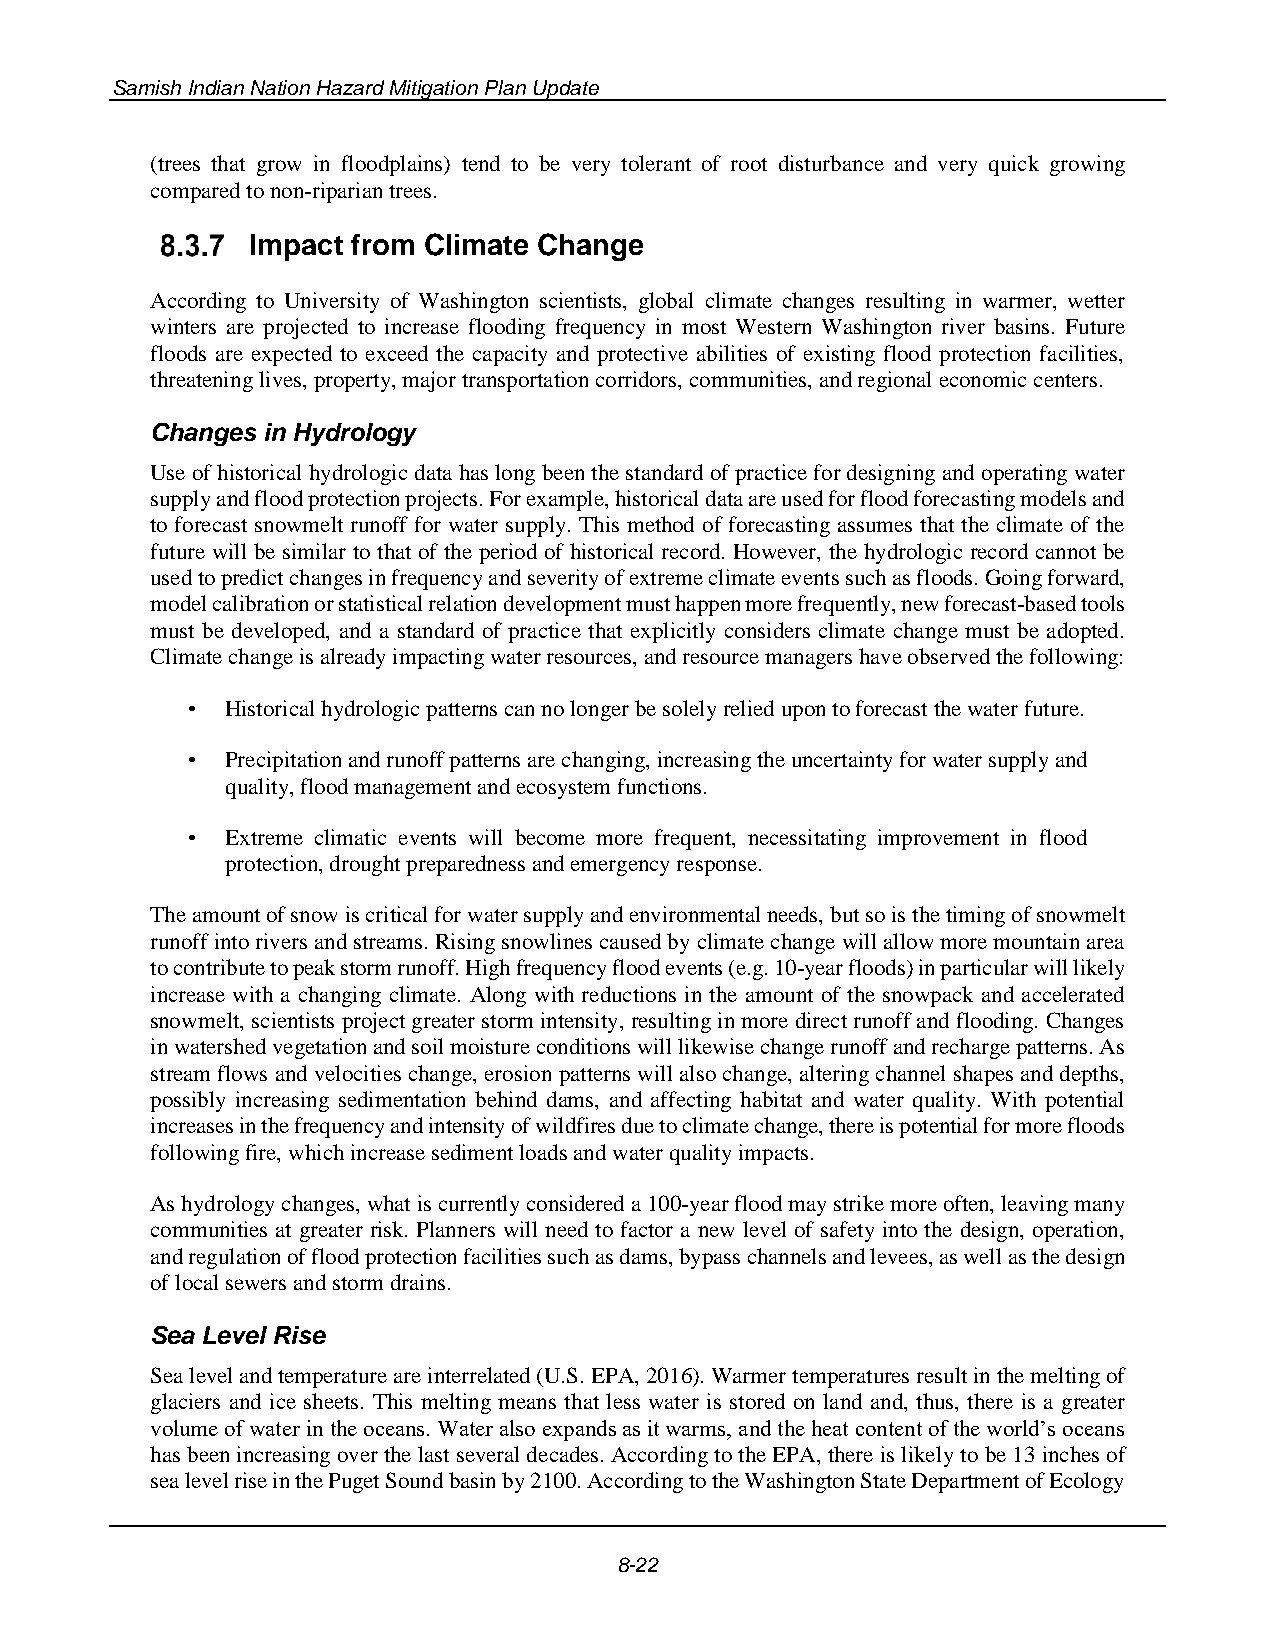
Samish Indian Nation Hazard Mitigation Plan Update
 (trees that grow in floodplains) tend to be very tolerant of root disturbance and very quick growing
 compared to non-riparian trees.
 Impact from Climate Change
 According to University of Washington scientists, global climate changes resulting in warmer, wetter
 winters are projected to increase flooding frequency in most Western Washington river basins. Future
 floods are expected to exceed the capacity and protective abilities of existing flood protection facilities,
 threatening lives, property, major transportation corridors, communities, and regional economic centers.
 Changes in Hydrology
 Use of historical hydrologic data has long been the standard of practice for designing and operating water
 supply and flood protection projects. For example, historical data are used for flood forecasting models and
 to forecast snowmelt runoff for water supply. This method of forecasting assumes that the climate of the
 future will be similar to that of the period of historical record. However, the hydrologic record cannot be
 used to predict changes in frequency and severity of extreme climate events such as floods. Going forward,
 model calibration or statistical relation development must happen more frequently, new forecast-based tools
 must be developed, and a standard of practice that explicitly considers climate change must be adopted.
 Climate change is already impacting water resources, and resource managers have observed the following:
 •  Historical hydrologic patterns can no longer be solely relied upon to forecast the water future.
 •  Precipitation and runoff patterns are changing, increasing the uncertainty for water supply and
 quality, flood management and ecosystem functions.
 •  Extreme climatic events will become more frequent, necessitating improvement in flood
 protection, drought preparedness and emergency response.
 The amount of snow is critical for water supply and environmental needs, but so is the timing of snowmelt
 runoff into rivers and streams. Rising snowlines caused by climate change will allow more mountain area
 to contribute to peak storm runoff. High frequency flood events (e.g. 10-year floods) in particular will likely
 increase with a changing climate. Along with reductions in the amount of the snowpack and accelerated
 snowmelt, scientists project greater storm intensity, resulting in more direct runoff and flooding. Changes
 in watershed vegetation and soil moisture conditions will likewise change runoff and recharge patterns. As
 stream flows and velocities change, erosion patterns will also change, altering channel shapes and depths,
 possibly increasing sedimentation behind dams, and affecting habitat and water quality. With potential
 increases in the frequency and intensity of wildfires due to climate change, there is potential for more floods
 following fire, which increase sediment loads and water quality impacts.
 As hydrology changes, what is currently considered a 100-year flood may strike more often, leaving many
 communities at greater risk. Planners will need to factor a new level of safety into the design, operation,
 and regulation of flood protection facilities such as dams, bypass channels and levees, as well as the design
 of local sewers and storm drains.
 Sea Level Rise
 Sea level and temperature are interrelated (U.S. EPA, 2016). Warmer temperatures result in the melting of
 glaciers and ice sheets. This melting means that less water is stored on land and, thus, there is a greater
 volume of water in the oceans. Water also expands as it warms, and the heat content of the world’s oceans
 has been increasing over the last several decades. According to the EPA, there is likely to be 13 inches of
 sea level rise in the Puget Sound basin by 2100. According to the Washington State Department of Ecology
 8-22